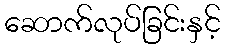
ဆောက်လုပ်ခြင်းနှင့်